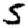
Digit: 5